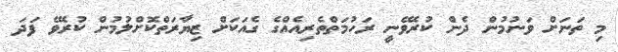
މި ތަނަށް ވަނުމުން ދެން ކުރެވޭނީ ރަހުމަތްތެރިއެއްގެ ގެއަކަށް ޒިޔާރަތްކޮށްލުމުން ކުރެވޭ ފަދަ